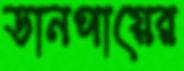
ডানপায়ের